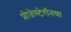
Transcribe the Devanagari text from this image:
प्रोजेस्टेरॉनचा